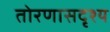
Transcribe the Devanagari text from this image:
तोरणासदृश्य